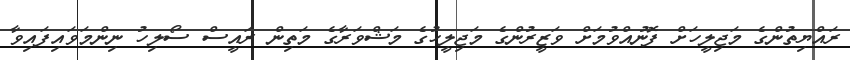
ރައްޔިތުންގެ މަޖިލީހަށް ފޮނުއްވުމަށް ވަޒީރުންގެ މަޖިލީހުގެ މަޝްވަރާގެ މަތިން ރައީސް ސޯލިހު ނިންމަވައިފައިވާ